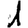
Digit: 1